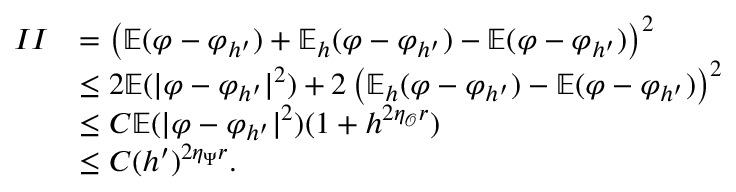
\begin{array} { r l } { I I } & { = \left( \mathbb { E } ( \varphi - \varphi _ { h ^ { \prime } } ) + \mathbb { E } _ { h } ( \varphi - \varphi _ { h ^ { \prime } } ) - \mathbb { E } ( \varphi - \varphi _ { h ^ { \prime } } ) \right) ^ { 2 } } \\ & { \le 2 \mathbb { E } ( | \varphi - \varphi _ { h ^ { \prime } } | ^ { 2 } ) + 2 \left( \mathbb { E } _ { h } ( \varphi - \varphi _ { h ^ { \prime } } ) - \mathbb { E } ( \varphi - \varphi _ { h ^ { \prime } } ) \right) ^ { 2 } } \\ & { \le C \mathbb { E } ( | \varphi - \varphi _ { h ^ { \prime } } | ^ { 2 } ) ( 1 + h ^ { 2 \eta _ { \mathcal { O } } r } ) } \\ & { \le C ( h ^ { \prime } ) ^ { 2 \eta _ { \Psi } r } . } \end{array}